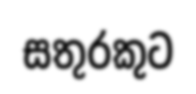
සතුරකුට